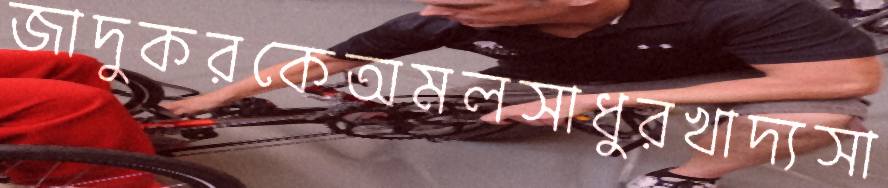
জাদুকরকেঅমলসাধুরখাদ্যসা